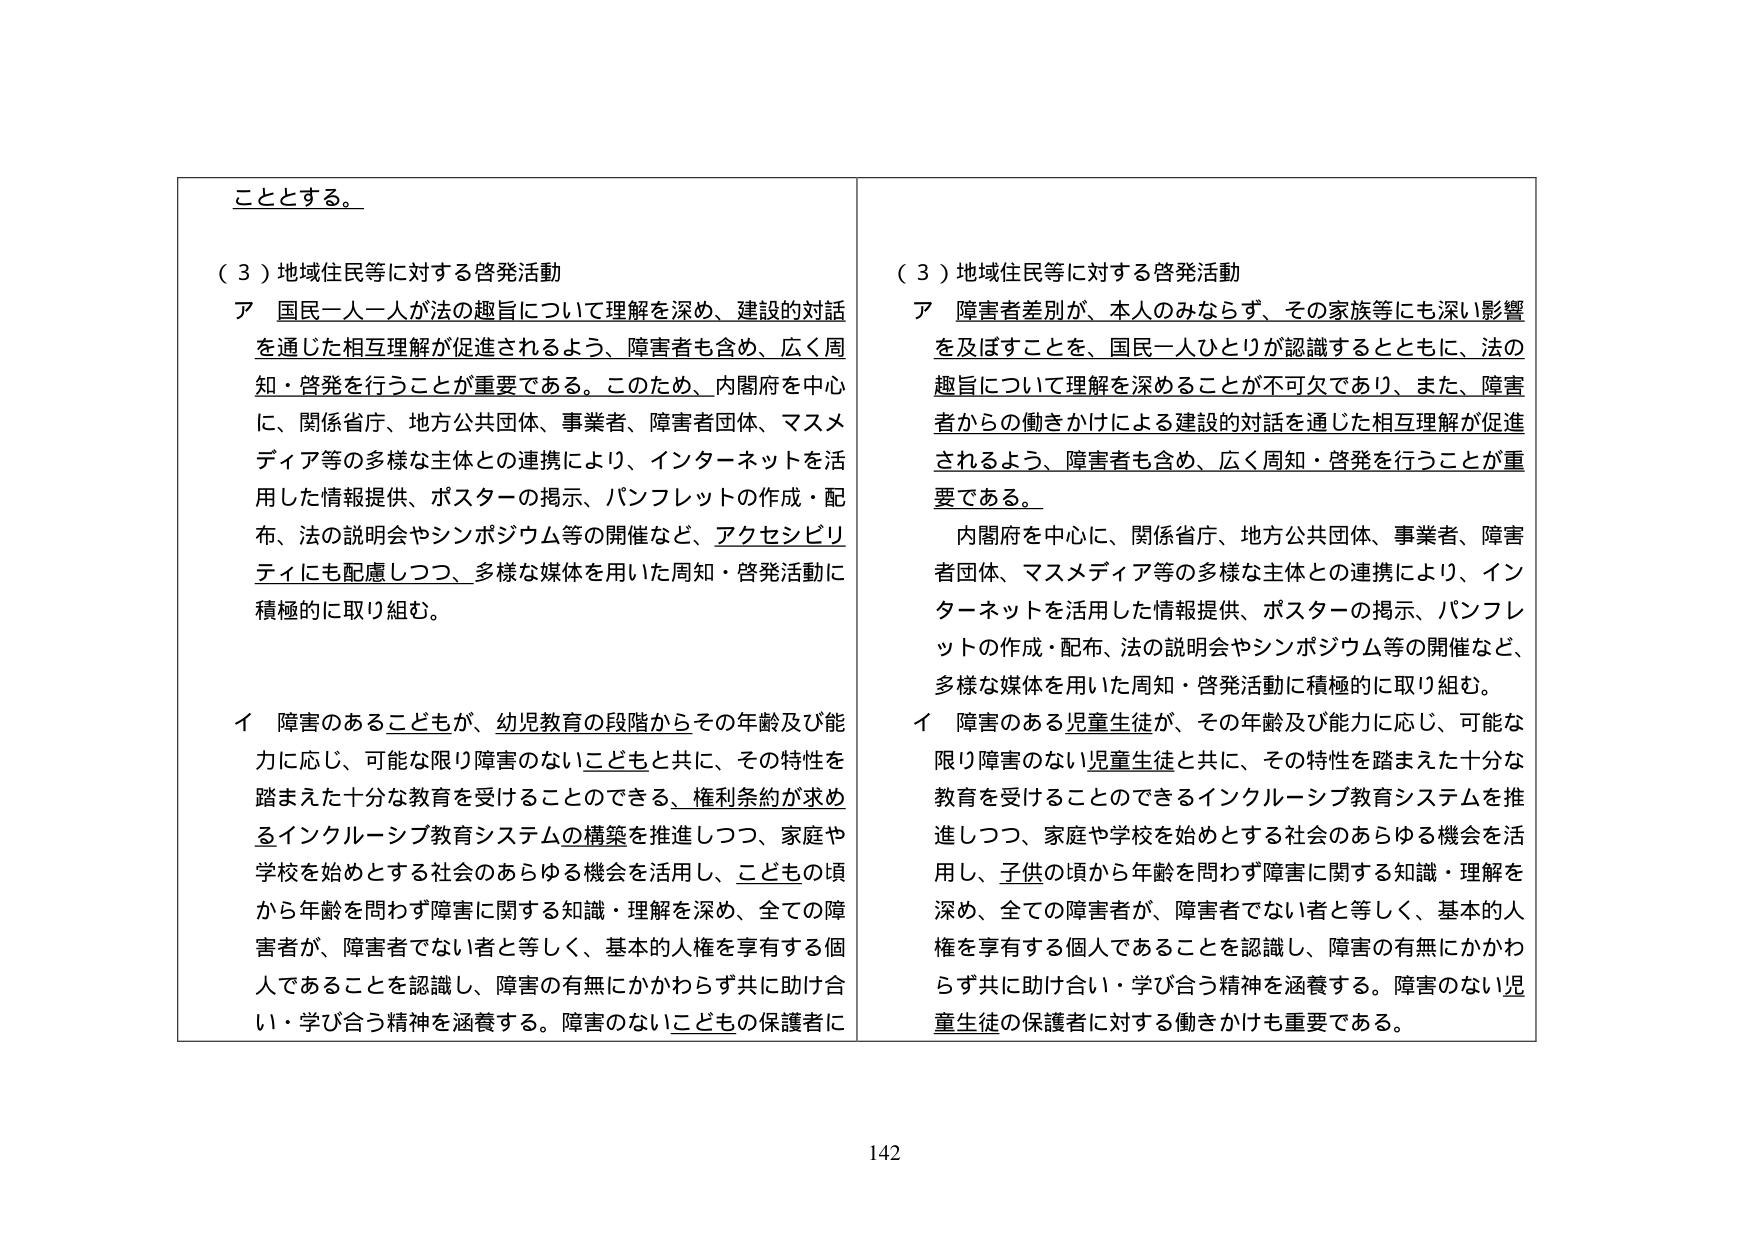
こととする。

（３）地域住民等に対する啓発活動
ア 国民一人一人が法の趣旨について理解を深め、建設的対話を通じた相互理解が促進されるよう、障害者も含め、広く周知・啓発を行うことが重要である。このため、内閣府を中心に、関係省庁、地方公共団体、事業者、障害者団体、マスメディア等の多様な主体との連携により、インターネットを活用した情報提供、ポスターの掲示、パンフレットの作成・配布、法の説明会やシンポジウム等の開催など、アクセシビリティにも配慮しつつ、多様な媒体を用いた周知・啓発活動に積極的に取り組む。

イ 障害のある子どもが、幼児教育の段階からその年齢及び能力に応じ、可能な限り障害のない子どもと共に、その特性を踏まえた十分な教育を受けることのできる、権利条約が求めるインクルーシブ教育システムの構築を推進しつつ、家庭や学校を始めとする社会のあらゆる機会を活用し、こどもの頃から年齢を問わず障害に関する知識・理解を深め、全ての障害者が、障害者でない者と等しく、基本的人権を享有する個人であることを認識し、障害の有無にかかわらず共に助け合い・学び合う精神を涵養する。障害のないこどもの保護者に

（３）地域住民等に対する啓発活動
ア 障害者差別が、本人のみならず、その家族等にも深い影響を及ぼすことを、国民一人ひとりが認識するとともに、法の趣旨について理解を深めることが不可欠であり、また、障害者からの働きかけによる建設的対話を通じた相互理解が促進されるよう、障害者も含め、広く周知・啓発を行うことが重要である。

内閣府を中心に、関係省庁、地方公共団体、事業者、障害者団体、マスメディア等の多様な主体との連携により、インターネットを活用した情報提供、ポスターの掲示、パンフレットの作成・配布、法の説明会やシンポジウム等の開催など、多様な媒体を用いた周知・啓発活動に積極的に取り組む。

イ 障害のある児童生徒が、その年齢及び能力に応じ、可能な限り障害のない児童生徒と共に、その特性を踏まえた十分な教育を受けることのできるインクルーシブ教育システムを推進しつつ、家庭や学校を始めとする社会のあらゆる機会を活用し、子供の頃から年齢を問わず障害に関する知識・理解を深め、全ての障害者が、障害者でない者と等しく、基本的人権を享有する個人であることを認識し、障害の有無にかかわらず共に助け合い・学び合う精神を涵養する。障害のない児童生徒の保護者に対する働きかけも重要である。

142